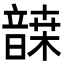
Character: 𩐷